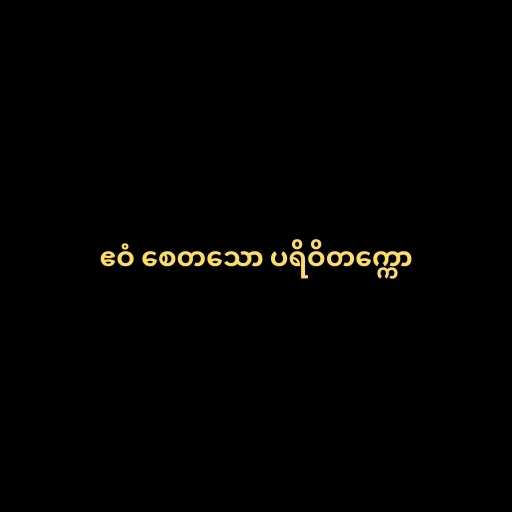
ဧဝံ စေတသော ပရိဝိတက္ကော